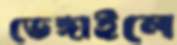
ভেঙ্গাইলে